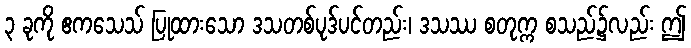
၃ ခုကို ဧကသေသ် ပြုထားသော ဒသတစ်ပုဒ်ပင်တည်း၊ ဒသဿ စတုက္က စသည်၌လည်း ဤ